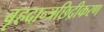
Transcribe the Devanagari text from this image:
बृहदान्त्रछिद्रीकरण